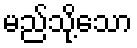
မည်သို့သော